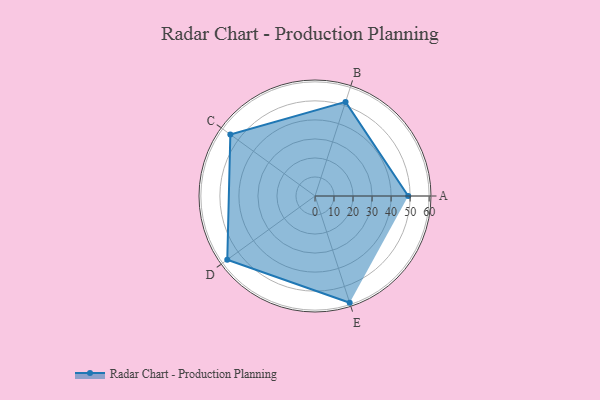
{"axis": {"x": "Skill", "y": "Score"}, "legend": ["Profile"], "data": [{"x": "A", "y": 49.0, "type": "Profile"}, {"x": "B", "y": 52.0, "type": "Profile"}, {"x": "C", "y": 55.0, "type": "Profile"}, {"x": "D", "y": 57.0, "type": "Profile"}, {"x": "E", "y": 59.0, "type": "Profile"}]}